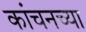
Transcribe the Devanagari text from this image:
कांचनच्या